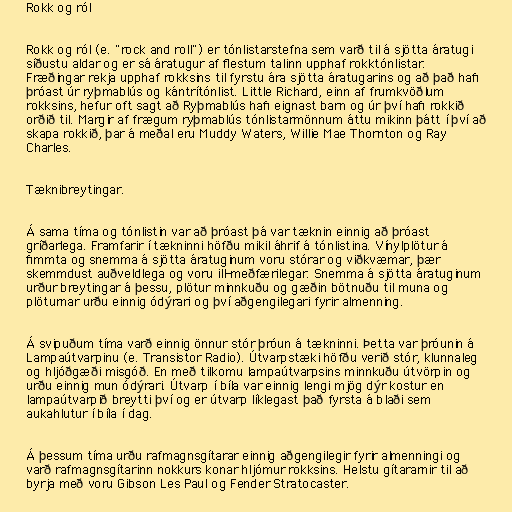
Rokk og ról

Rokk og ról (e. "rock and roll") er tónlistarstefna sem varð til á sjötta áratugi
síðustu aldar og er sá áratugur af flestum talinn upphaf rokktónlistar.
Fræðingar rekja upphaf rokksins til fyrstu ára sjötta áratugarins og að það hafi
þróast úr ryþmablús og kántrítónlist. Little Richard, einn af frumkvöðlum
rokksins, hefur oft sagt að Ryþmablús hafi eignast barn og úr því hafi rokkið
orðið til. Margir af frægum ryþmablús tónlistarmönnum áttu mikinn þátt í því að
skapa rokkið, þar á meðal eru Muddy Waters, Willie Mae Thornton og Ray
Charles.

Tæknibreytingar.

Á sama tíma og tónlistin var að þróast þá var tæknin einnig að þróast
gríðarlega. Framfarir í tækninni höfðu mikil áhrif á tónlistina. Vínylplötur á
fimmta og snemma á sjötta áratuginum voru stórar og viðkvæmar, þær
skemmdust auðveldlega og voru ill-meðfærilegar. Snemma á sjötta áratuginum
urður breytingar á þessu, plötur minnkuðu og gæðin bötnuðu til muna og
plöturnar urðu einnig ódýrari og því aðgengilegari fyrir almenning.

Á svipuðum tíma varð einnig önnur stór þróun á tækninni. Þetta var þróunin á
Lampaútvarpinu (e. Transistor Radio). Útvarpstæki höfðu verið stór, klunnaleg
og hljóðgæði misgóð. En með tilkomu lampaútvarpsins minnkuðu útvörpin og
urðu einnig mun ódýrari. Útvarp í bíla var einnig lengi mjög dýr kostur en
lampaútvarpið breytti því og er útvarp líklegast það fyrsta á blaði sem
aukahlutur í bíla í dag.

Á þessum tíma urðu rafmagnsgítarar einnig aðgengilegir fyrir almenningi og
varð rafmagnsgítarinn nokkurs konar hljómur rokksins. Helstu gítararnir til að
byrja með voru Gibson Les Paul og Fender Stratocaster.